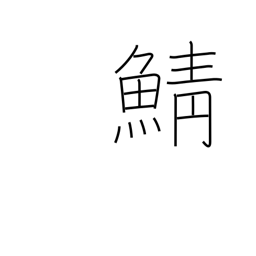
Meaning: mackerel